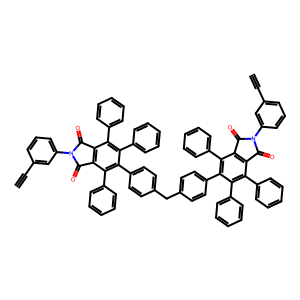
SMILES: C#Cc1cccc(N2C(=O)c3c(c(-c4ccccc4)c(-c4ccc(Cc5ccc(-c6c(-c7ccccc7)c7c(c(-c8ccccc8)c6-c6ccccc6)C(=O)N(c6cccc(C#C)c6)C7=O)cc5)cc4)c(-c4ccccc4)c3-c3ccccc3)C2=O)c1
Inhibits HIV replication: No